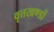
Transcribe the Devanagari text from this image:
वृत्तखण्डों